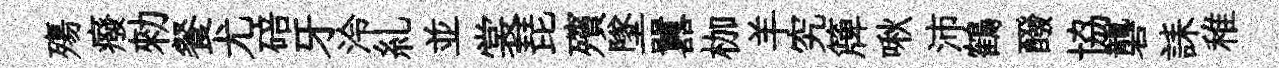
殤癈勑餐尤碚牙泠糺並裳琵殯墜囂枷羊究簰啾沛鶴醱協礱誄稚